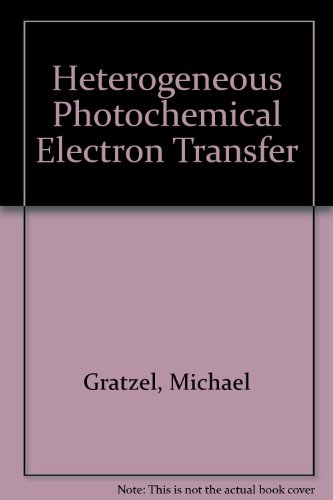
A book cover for Heterogenous Photochemical Electron Transfer; Michael Gratzel; Science & Math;